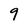
Character: 9